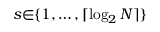
s { \in } \{ 1 , \ldots , \lceil \log _ { 2 } N \rceil \}